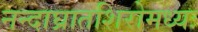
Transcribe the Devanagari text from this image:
नन्दाघ्रातशिरोमध्यः